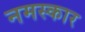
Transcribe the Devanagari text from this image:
नमस्कार